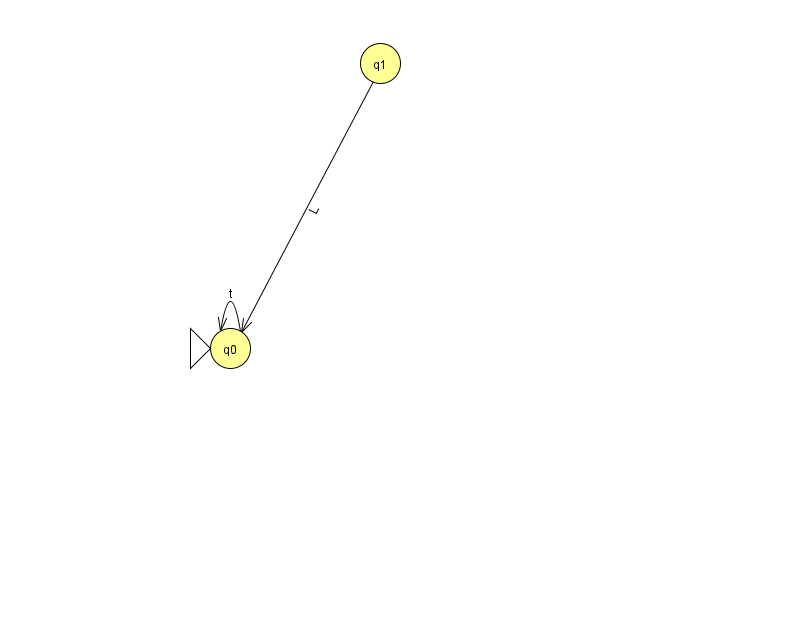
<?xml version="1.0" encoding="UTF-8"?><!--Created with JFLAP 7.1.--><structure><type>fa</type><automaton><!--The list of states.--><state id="0" name="q0"><x>230.0</x><y>335.0</y><initial/></state><state id="1" name="q1"><x>380.0</x><y>50.0</y></state><!--The list of transitions.--><transition><from>0</from><to>0</to><read>t</read></transition><transition><from>1</from><to>0</to><read>L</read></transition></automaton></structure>